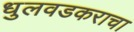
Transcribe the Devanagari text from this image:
धुलवडकराचा